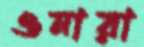
ওনারা